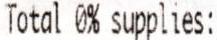
TOTAL 0% SUPPLIES: